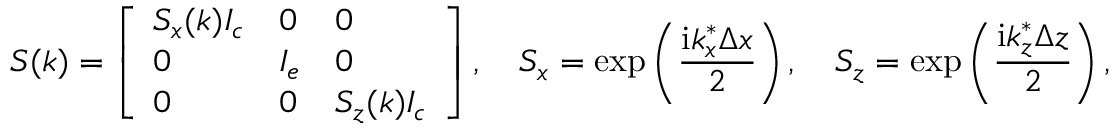
\boldsymbol { S } ( \boldsymbol { k } ) = \left[ \begin{array} { l l l } { S _ { x } ( \boldsymbol { k } ) \boldsymbol { I _ { c } } } & { \boldsymbol { 0 } } & { \boldsymbol { 0 } } \\ { \boldsymbol { 0 } } & { \boldsymbol { I _ { e } } } & { \boldsymbol { 0 } } \\ { \boldsymbol { 0 } } & { \boldsymbol { 0 } } & { S _ { z } ( \boldsymbol { k } ) \boldsymbol { I _ { c } } } \end{array} \right] , \quad S _ { x } = \mathrm { e x p } \left( \frac { \mathrm { i } k _ { x } ^ { * } \Delta x } { 2 } \right) , \quad S _ { z } = \mathrm { e x p } \left( \frac { \mathrm { i } k _ { z } ^ { * } \Delta z } { 2 } \right) ,